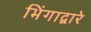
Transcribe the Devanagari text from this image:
भिंगाद्वारे